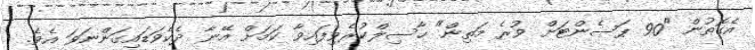
އެގޮތުން "90 ޕަސެންޓަށް ވުރެ މަތިން" ހާސިލްކުރެވިފައިވާ ކަމަށް އޭނާ ދެކެވަޑައިގަންނަވަ އެވެ.